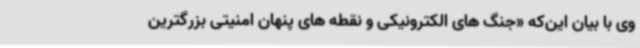
وی با بیان این‌که «جنگ های الکترونیکی و نقطه های پنهان امنیتی بزرگترین